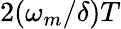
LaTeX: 2(\omega_{m}/\delta)T